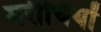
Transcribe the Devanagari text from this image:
मरीचियों